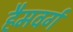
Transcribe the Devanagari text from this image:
हैमवर्ग